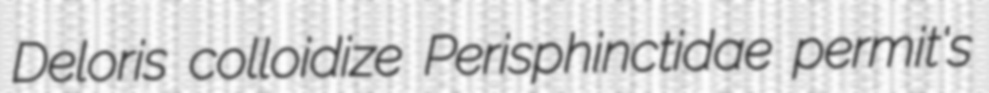
Deloris colloidize Perisphinctidae permit's